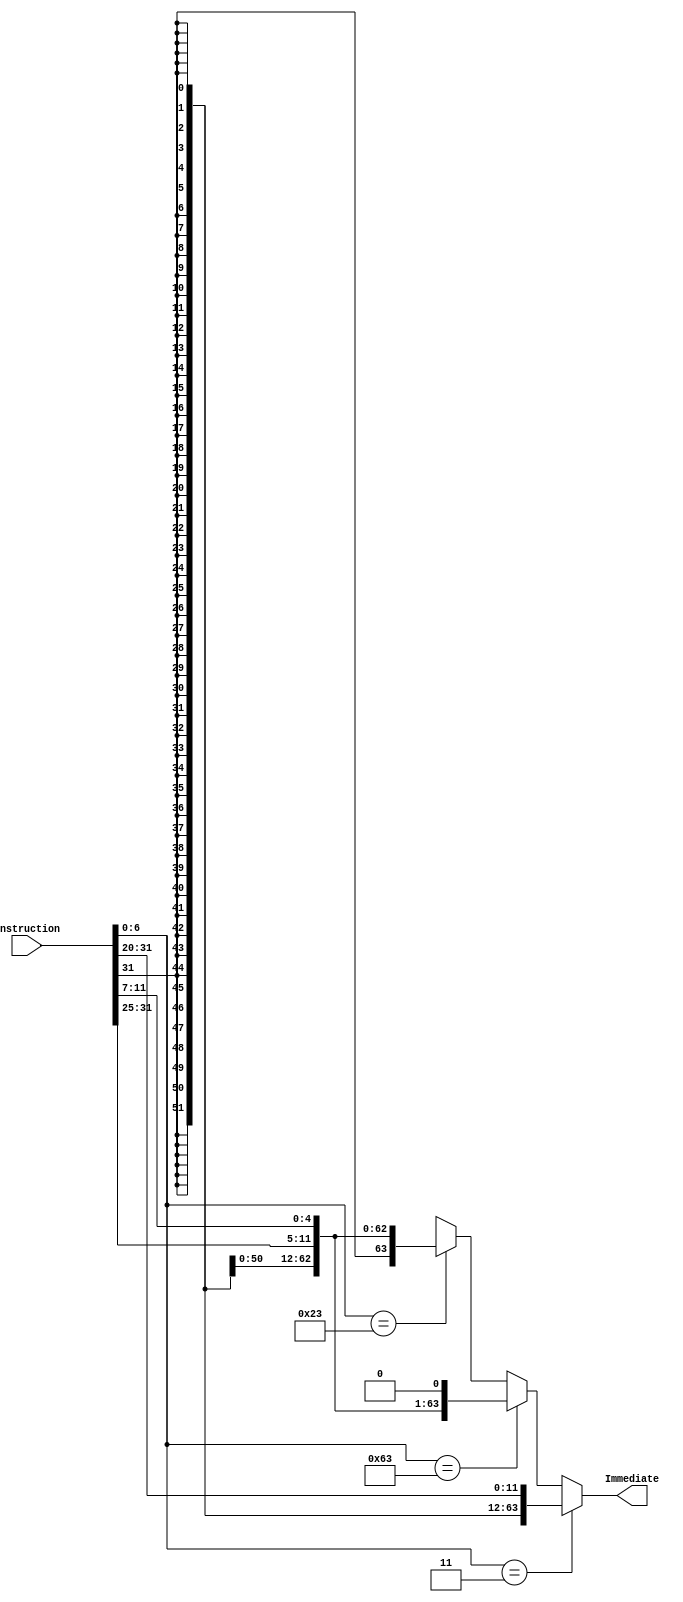
module ImmGen(
input [31:0] Instruction,
output reg [63:0] Immediate);

assign Immediate =
	(Instruction[6:0] == 7'b0000011) ? {{53{Instruction[31]}}, Instruction[30:20]} : //ld : concat 53 * immediate sign to imediate itself to have a 64-bit immediate
        (Instruction[6:0] == 7'b1100011) ? {{52{Instruction[31]}}, Instruction[30:25], Instruction[11:7], 1'b0}: //bq : concat 52 * immediate sign to double of immediate
	(Instruction[6:0] == 7'b0100011) ? {{53{Instruction[31]}}, Instruction[30:25], Instruction[11:7]} //sd : concat 53 * immediate sign to immediate
	: 64'bx ;

endmodule